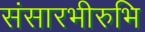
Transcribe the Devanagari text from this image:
संसारभीरुभि